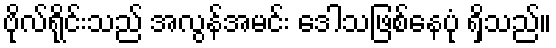
ဗိုလ်ရိုင်းသည် အလွန်အမင်း ဒေါသဖြစ်နေပုံ ရှိသည်။